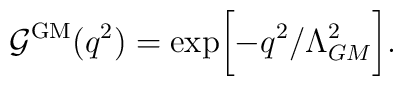
{\cal G}^{\rm GM}(q^2)=\exp\biggl[-q^2/\Lambda_{GM}^2\biggr].